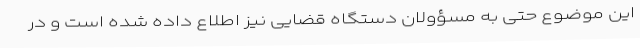
این موضوع حتی به مسؤولان دستگاه قضایی نیز اطلاع داده شده است و در